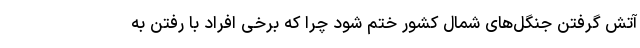
آتش گرفتن جنگل‌های شمال کشور ختم شود چرا که برخی افراد با رفتن به